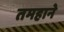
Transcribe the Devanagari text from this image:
तमहाने